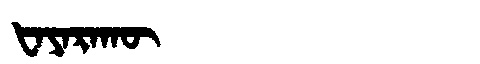
Manchu: ᡶᠠᠶᠠᡵᠠᡴᡡ
Romanization: FAYARAKŪ